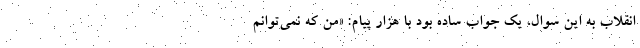
انقلاب به این سوال، یک جواب ساده بود با هزار پیام: «من که نمی‌توانم